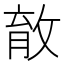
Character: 𰕎